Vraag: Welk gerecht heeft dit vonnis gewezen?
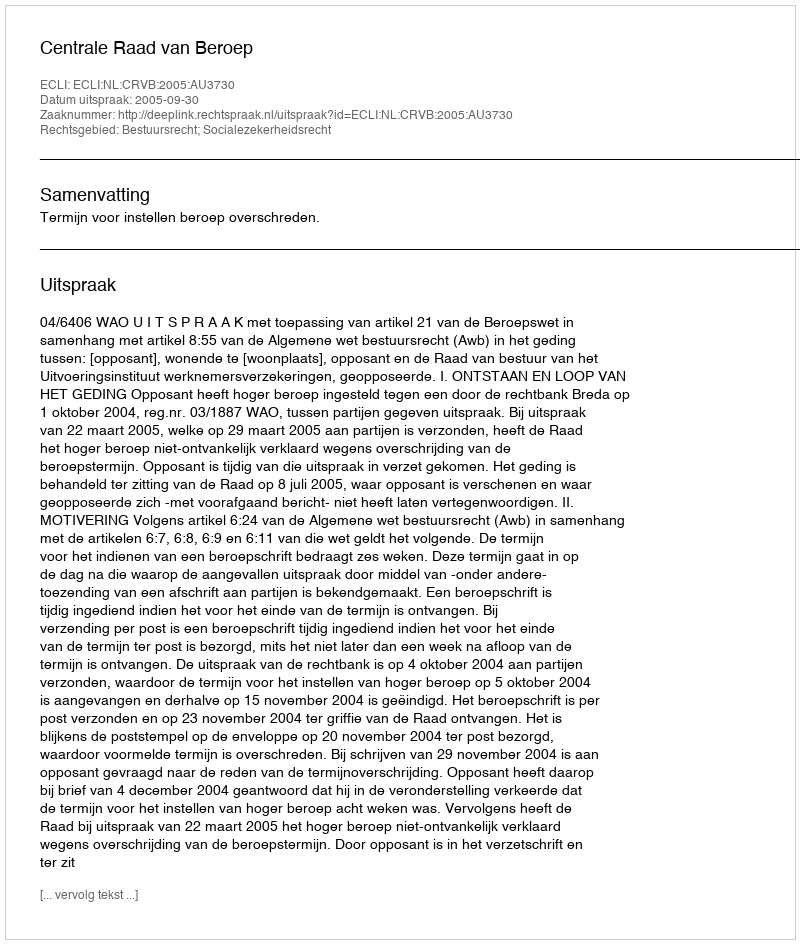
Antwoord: Centrale Raad van Beroep